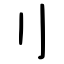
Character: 刂